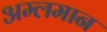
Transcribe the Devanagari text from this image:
अम्लमान